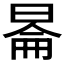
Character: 𬀿